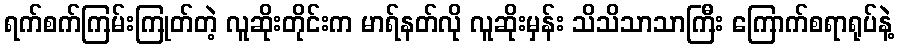
ရက်စက်ကြမ်းကြုတ်တဲ့ လူဆိုးတိုင်းက မာရ်နတ်လို လူဆိုးမှန်း သိသိသာသာကြီး ကြောက်စရာရုပ်နဲ့